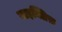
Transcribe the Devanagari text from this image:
वाइक्लिफ़